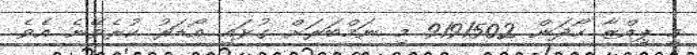
މި ޕިއްޒާ ހޯދަން 9191502 މި ނަމްބަރަށް ގުޅައި އޯޑަރު ކުރެވޭނެ އެވެ.